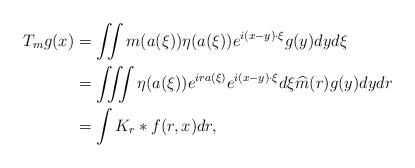
LaTeX: \begin{align*}T_m g(x) &= \iint m(a(\xi)) \eta(a(\xi)) e^{i(x-y) \cdot \xi} g(y) dy d\xi \\&= \iiint \eta(a(\xi))e^{ira(\xi)} e^{i(x-y) \cdot \xi } d\xi \widehat{m}(r) g(y)dy dr \\&= \int K_r * f(r, x) dr, \end{align*}